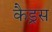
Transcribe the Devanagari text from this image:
कैड्रस